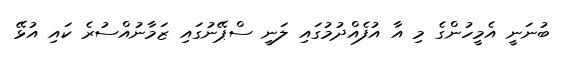
ބުނަނީ އެމީހުންގެ މި އާ އުފެއްދުމުގައި ލަނީ ސްޕޭނުގައި ޒަމާނުއްސުރެ ކައި އުޅޭ